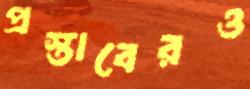
প্রস্তাবেরও